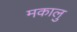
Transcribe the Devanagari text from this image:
मकालु